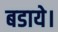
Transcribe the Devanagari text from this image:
बडाये।